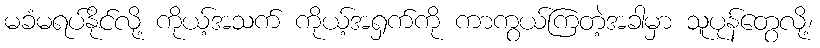
မခံမရပ်နိုင်လို့ ကိုယ့်အသက် ကိုယ့်အရှက်ကို ကာကွယ်ကြတဲ့အခါမှာ သူပုန်တွေလို့၊